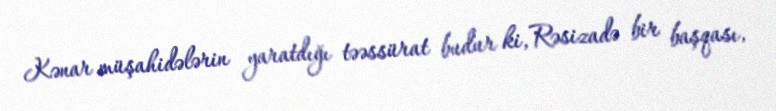
Kənar müşahidələrin yaratdığı təəssürat budur ki, Rəsizadə bir başqası,